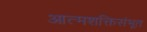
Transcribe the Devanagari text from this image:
आत्मशक्तिसंभूत